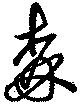
森